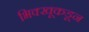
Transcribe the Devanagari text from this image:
भिक्खूकडून